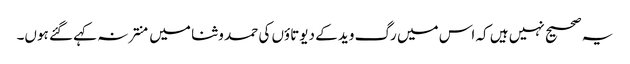
یہ صحیح نہیں ہیں کہ اس میں رگ وید کے دیوتاؤں کی حمد و ثنا میں منتر نہ کہے گئے ہوں۔